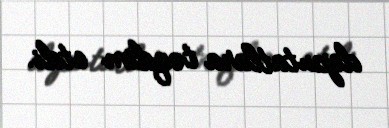
deputatlara təqdim etdi.